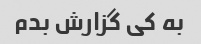
به کی گزارش بدم